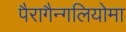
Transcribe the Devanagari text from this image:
पैरागैन्गलियोमा